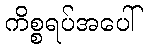
ကိစ္စရပ်အပေါ်